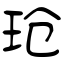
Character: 玱